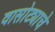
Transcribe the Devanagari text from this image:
वासोट्याचे